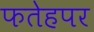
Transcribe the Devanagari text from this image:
फतेहपर